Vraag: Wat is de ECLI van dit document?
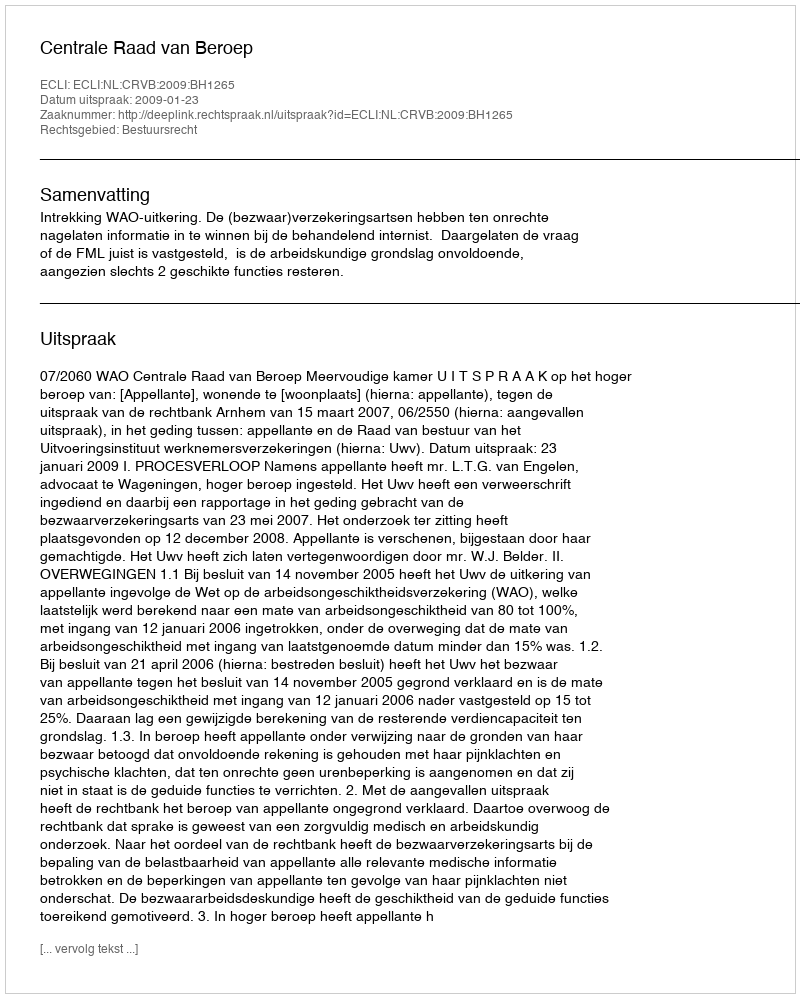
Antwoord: ECLI:NL:CRVB:2009:BH1265